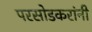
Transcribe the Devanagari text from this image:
परसोडकरांनी